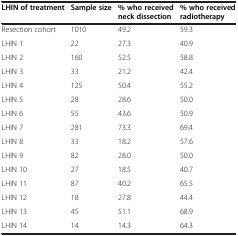
| LHIN of treatment | Sample size | % who received neck dissection | % who received radiotherapy |
 | --- | --- | --- | --- |
 | Resection cohort | 1010 | 49.2 | 59.3 |
 | LHIN 1 | 22 | 27.3 | 40.9 |
 | LHIN 2 | 160 | 52.5 | 58.8 |
 | LHIN 3 | 33 | 21.2 | 42.4 |
 | LHIN 4 | 125 | 50.4 | 55.2 |
 | LHIN 5 | 28 | 28.6 | 50.0 |
 | LHIN 6 | 55 | 43.6 | 50.9 |
 | LHIN 7 | 281 | 73.3 | 69.4 |
 | LHIN 8 | 33 | 18.2 | 57.6 |
 | LHIN 9 | 82 | 28.0 | 50.0 |
 | LHIN 10 | 27 | 18.5 | 40.7 |
 | LHIN 11 | 87 | 40.2 | 65.5 |
 | LHIN 12 | 18 | 27.8 | 44.4 |
 | LHIN 13 | 45 | 51.1 | 68.9 |
 | LHIN 14 | 14 | 14.3 | 64.3 |